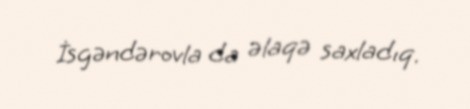
İsgəndərovla da əlaqə saxladıq.